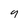
Character: y